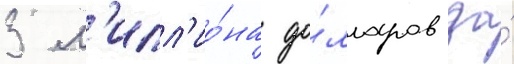
3 м'илл'ио́на до́лларов за́